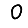
Digit: 0